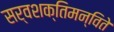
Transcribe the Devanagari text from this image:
सर्वशक्तिमन्विते